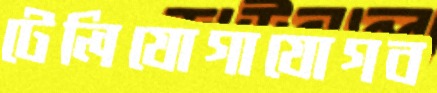
টেলিযোগাযোগব